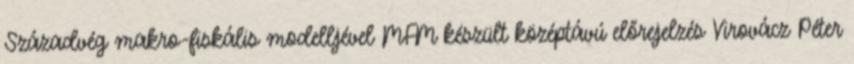
Századvég makro-fiskális modelljével MFM készült középtávú előrejelzés Virovácz Péter